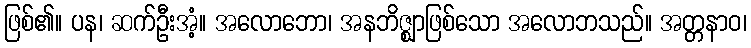
ဖြစ်၏။ ပန၊ ဆက်ဦးအံ့။ အလောဘော၊ အနဘိဇ္ဈာဖြစ်သော အလောဘသည်။ အတ္တနာဝ၊